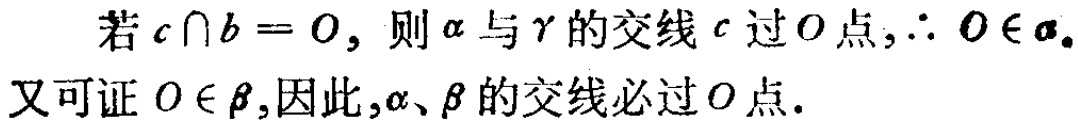
若\(c\cap b = O\)，则\(\alpha\)与\(\gamma\)的交线\(c\)过\(O\)点，\(\therefore O\in\alpha\)。
又可证\(O\in\beta\)，因此，\(\alpha\)、\(\beta\)的交线必过\(O\)点。